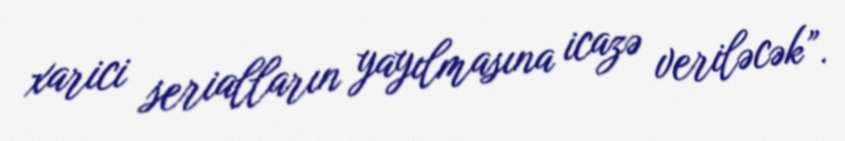
xarici serialların yayılmasına icazə veriləcək”.